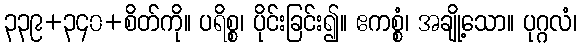
၃၃၉+၃၄၀+စိတ်ကို။ ပရိစ္စ၊ ပိုင်းခြင်း၍။ ဧကစ္စံ၊ အချို့သော။ ပုဂ္ဂလံ၊